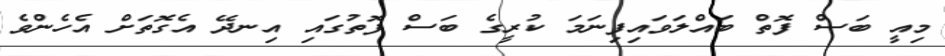
މިއީ ބަސް ފޮތް ބައްލަވައިފިނަމަ ކުރީގެ ބަސް ފޮތުގައި އިނދޭ އެގޮތަށް އެހެންވެ